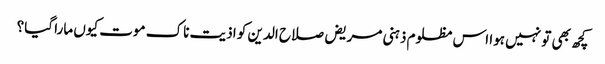
کچھ بھی تو نہیں ہوا اس مظلوم ذہنی مریض صلاح الدین کو اذیت ناک موت کیوں مارا گیا؟